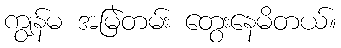
ကျွန်မ အမြဲတမ်း တွေးနေမိတယ်။